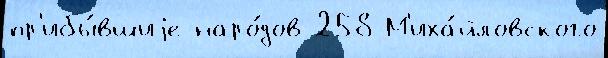
пр'ибы́вшиjе наро́дов 258 М'иха́йловского